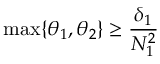
\operatorname* { m a x } \{ \theta _ { 1 } , \theta _ { 2 } \} \geq \frac { \delta _ { 1 } } { N _ { 1 } ^ { 2 } }